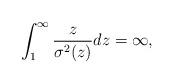
LaTeX: \begin{align*}\int_1^{\infty}\frac{z}{\sigma^2(z)}dz =\infty,\end{align*}